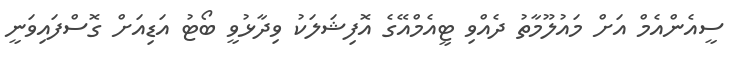
ސީއެންއެމް އަށް މައުލޫމާތު ދެއްވި ޓީއެމްއޭގެ އޮފިޝަލަކު ވިދާޅުވީ ބޯޓު އަޑިއަށް ގޮސްފައިވަނީ